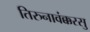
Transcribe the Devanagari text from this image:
तिरुनावंक्करसु